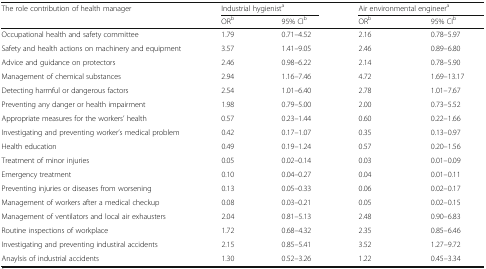
<table><thead><tr><td rowspan="2"><b>The role contribution of health manager</b></td><td colspan="2"><b>Industrial hygienist<sup>a</sup></b></td><td colspan="2"><b>Air environmental engineer<sup>a</sup></b></td></tr><tr><td><b>OR<sup>b</sup></b></td><td><b>95% CI<sup>b</sup></b></td><td><b>OR<sup>b</sup></b></td><td><b>95% CI<sup>b</sup></b></td></tr></thead><tbody><tr><td>Occupational health and safety committee</td><td>1.79</td><td>0.71–4.52</td><td>2.16</td><td>0.78–5.97</td></tr><tr><td>Safety and health actions on machinery and equipment</td><td>3.57</td><td>1.41–9.05</td><td>2.46</td><td>0.89–6.80</td></tr><tr><td>Advice and guidance on protectors</td><td>2.46</td><td>0.98–6.22</td><td>2.14</td><td>0.78–5.90</td></tr><tr><td>Management of chemical substances</td><td>2.94</td><td>1.16–7.46</td><td>4.72</td><td>1.69–13.17</td></tr><tr><td>Detecting harmful or dangerous factors</td><td>2.54</td><td>1.01–6.40</td><td>2.78</td><td>1.01–7.67</td></tr><tr><td>Preventing any danger or health impairment</td><td>1.98</td><td>0.79–5.00</td><td>2.00</td><td>0.73–5.52</td></tr><tr><td>Appropriate measures for the workers’ health</td><td>0.57</td><td>0.23–1.44</td><td>0.60</td><td>0.22–1.66</td></tr><tr><td>Investigating and preventing worker’s medical problem</td><td>0.42</td><td>0.17–1.07</td><td>0.35</td><td>0.13–0.97</td></tr><tr><td>Health education</td><td>0.49</td><td>0.19–1.24</td><td>0.57</td><td>0.20–1.56</td></tr><tr><td>Treatment of minor injuries</td><td>0.05</td><td>0.02–0.14</td><td>0.03</td><td>0.01–0.09</td></tr><tr><td>Emergency treatment</td><td>0.10</td><td>0.04–0.27</td><td>0.04</td><td>0.01–0.11</td></tr><tr><td>Preventing injuries or diseases from worsening</td><td>0.13</td><td>0.05–0.33</td><td>0.06</td><td>0.02–0.17</td></tr><tr><td>Management of workers after a medical checkup</td><td>0.08</td><td>0.03–0.21</td><td>0.05</td><td>0.02–0.15</td></tr><tr><td>Management of ventilators and local air exhausters</td><td>2.04</td><td>0.81–5.13</td><td>2.48</td><td>0.90–6.83</td></tr><tr><td>Routine inspections of workplace</td><td>1.72</td><td>0.68–4.32</td><td>2.35</td><td>0.85–6.46</td></tr><tr><td>Investigating and preventing industiral accidents</td><td>2.15</td><td>0.85–5.41</td><td>3.52</td><td>1.27–9.72</td></tr><tr><td>Anaylsis of industrial accidents</td><td>1.30</td><td>0.52–3.26</td><td>1.22</td><td>0.45–3.34</td></tr></tbody></table>